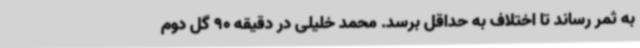
به ثمر رساند تا اختلاف به حداقل برسد. محمد خلیلی در دقیقه 90 گل دوم